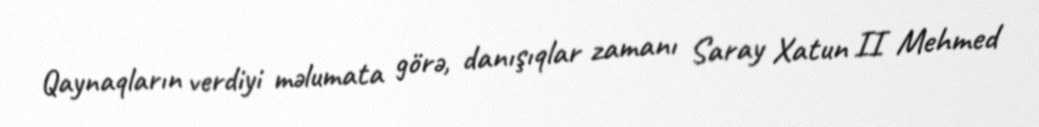
Qaynaqların verdiyi məlumata görə, danışıqlar zamanı Saray Xatun II Mehmed